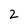
Character: 2